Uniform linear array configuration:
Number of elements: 12
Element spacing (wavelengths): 0.75
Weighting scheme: exponential
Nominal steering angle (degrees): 60
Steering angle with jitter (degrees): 59.874
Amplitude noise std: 0.05
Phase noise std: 0.05

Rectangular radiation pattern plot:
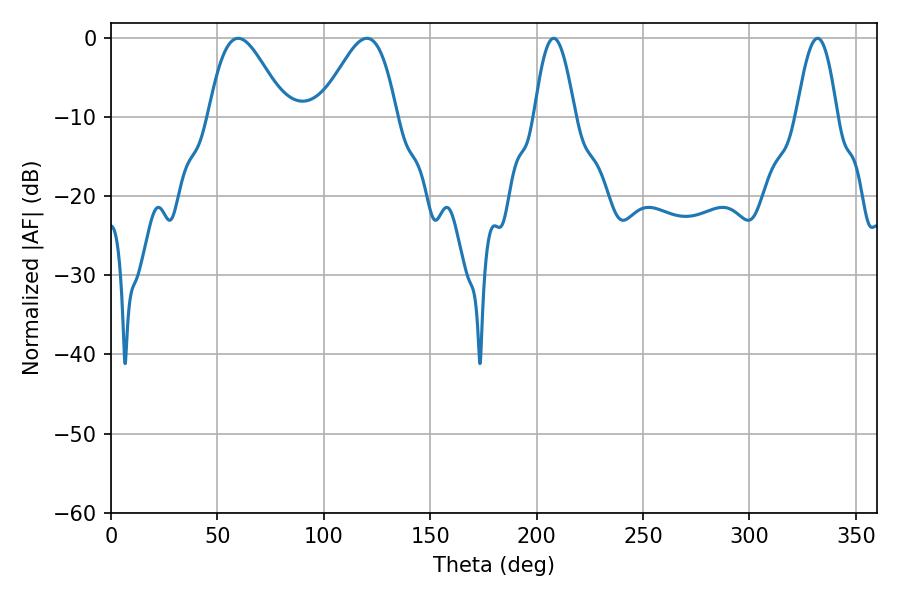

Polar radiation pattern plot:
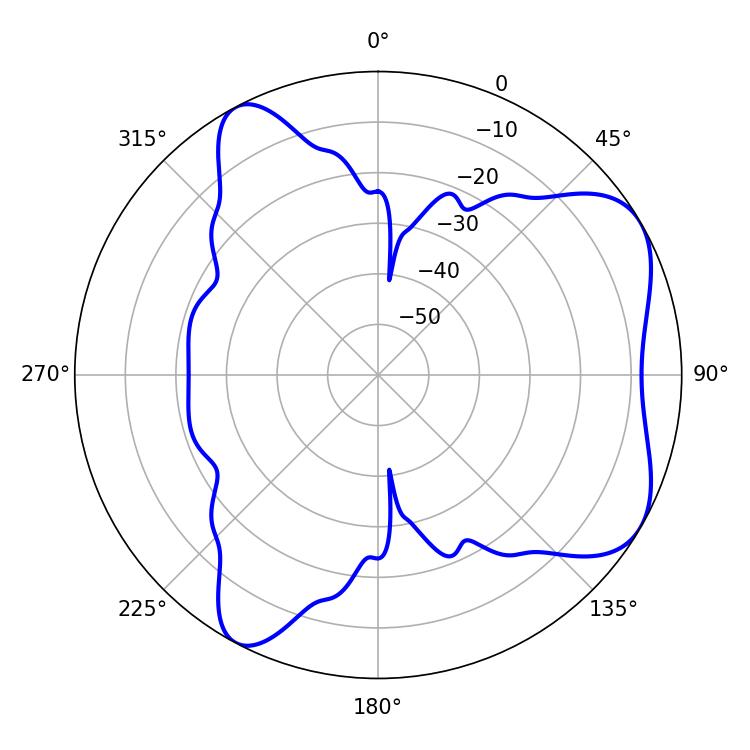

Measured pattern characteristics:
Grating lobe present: TRUE
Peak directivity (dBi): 6.117
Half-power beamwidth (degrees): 19.08
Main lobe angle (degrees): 120.24